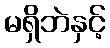
မရှိဘဲနှင့်